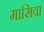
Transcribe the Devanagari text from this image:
मासिवा